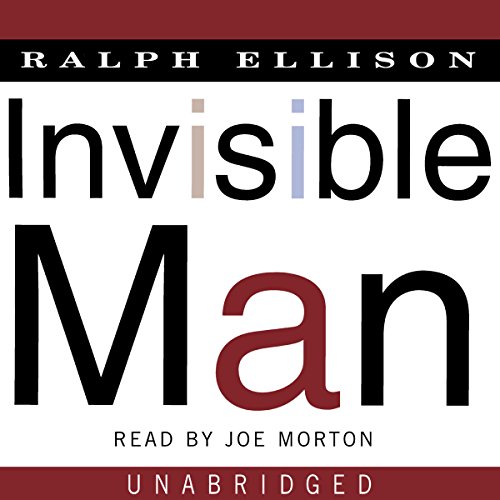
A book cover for Invisible Man: A Novel; Ralph Ellison; Literature & Fiction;